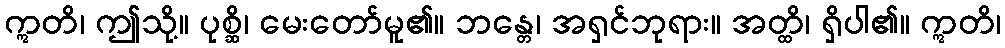
ဣတိ၊ ဤသို့။ ပုစ္ဆိ၊ မေးတော်မူ၏။ ဘန္တေ၊ အရှင်ဘုရား။ အတ္ထိ၊ ရှိပါ၏။ ဣတိ၊